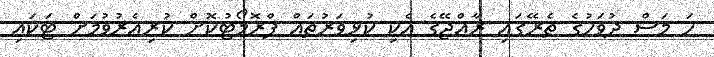
ހަ މަސް ދުވަހުގެ ތެރޭގައި ރާއްޖޭގެ އެކި ކުޅިވަރުތައް ޕްރޮމޯޓުކޮށް ކުރިއެރުވުމަށް ޓަކައި